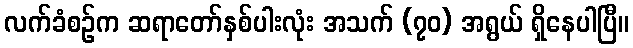
လက်ခံစဉ်က ဆရာတော်နှစ်ပါးလုံး အသက် (၇၀) အရွယ် ရှိနေပါပြီ။